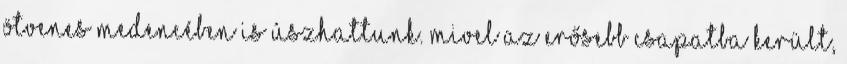
ötvenes medencében is úszhattunk. Mivel az erősebb csapatba került,